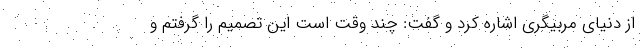
از دنیای مربیگری اشاره کرد و گفت: چند وقت است این تصمیم را گرفتم و